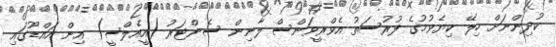
ކުދިންނަށް ހިލޭ ކިޔެވުމުގެ ފުރުސަތު އެވްރީވަންސް ލާނިން ސެންޓަރު (އީއެލްސީ) އިން އައްޑޫގައި